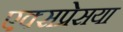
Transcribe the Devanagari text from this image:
एक्सप्रेसया